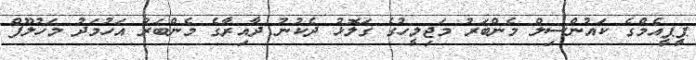
ޕީޕީއެމްގެ ކައުންސިލް މެންބަރު މަޖިލީހުގެ ގަލޮޅު ދެކުނު ދާއިރާގެ މެންބަރު އަހުމަދު މަހުލޫފް